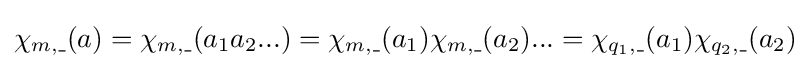
\chi _{m,\_}(a)=\chi _{m,\_}(a_{1}a_{2}...)=\chi _{m,\_}(a_{1})\chi _{m,\_}(a_{2})...=\chi _{q_{1},\_}(a_{1})\chi _{q_{2},\_}(a_{2})